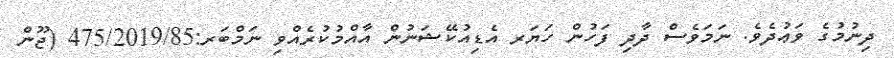
ދިނުމުގެ ވަޢުދެވެ. ނަމަވެސް ދާދި ފަހުން ހަޔަރ އެޑިއުކޭޝަނުން އާއްމުކުރެއްވި ނަމްބަރ:475/2019/85 (ޖޫން